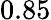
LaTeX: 0.85